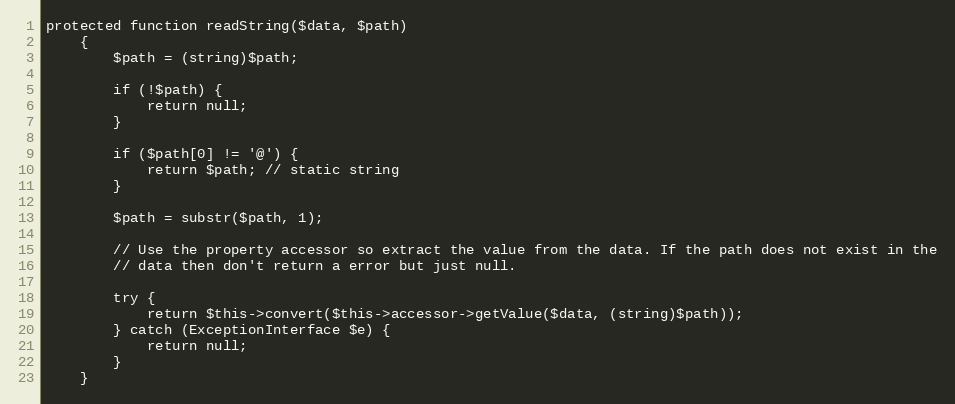
Language: PHP
protected function readString($data, $path)
    {
        $path = (string)$path;

        if (!$path) {
            return null;
        }

        if ($path[0] != '@') {
            return $path; // static string
        }

        $path = substr($path, 1);

        // Use the property accessor so extract the value from the data. If the path does not exist in the
        // data then don't return a error but just null.

        try {
            return $this->convert($this->accessor->getValue($data, (string)$path));
        } catch (ExceptionInterface $e) {
            return null;
        }
    }